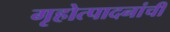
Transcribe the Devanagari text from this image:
गृहोत्पादनांची